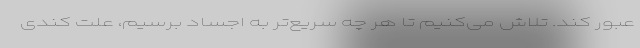
عبور کند. تلاش می‌کنیم تا هر چه سریع‌تر به اجساد برسیم، علت کندی